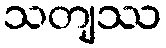
သတျဿ